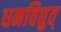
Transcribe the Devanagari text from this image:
धनविद्युत्